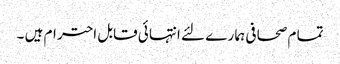
تما م صحا فی ہما ر ے لئے انتہا ئی قابل احتر ام ہیں ۔